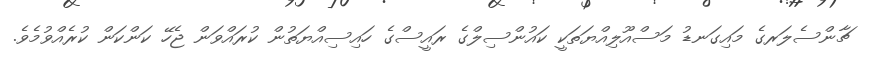
ޗާންސެލަރގެ މައިގަނޑު މަސްއޫލިއްޔަތަކީ ކައުންސިލްގެ ރައީސްގެ ހައިސިއްޔަތުން ކުރައްވަން ޖެހޭ ކަންކަން ކުރެއްވުމެވެ.